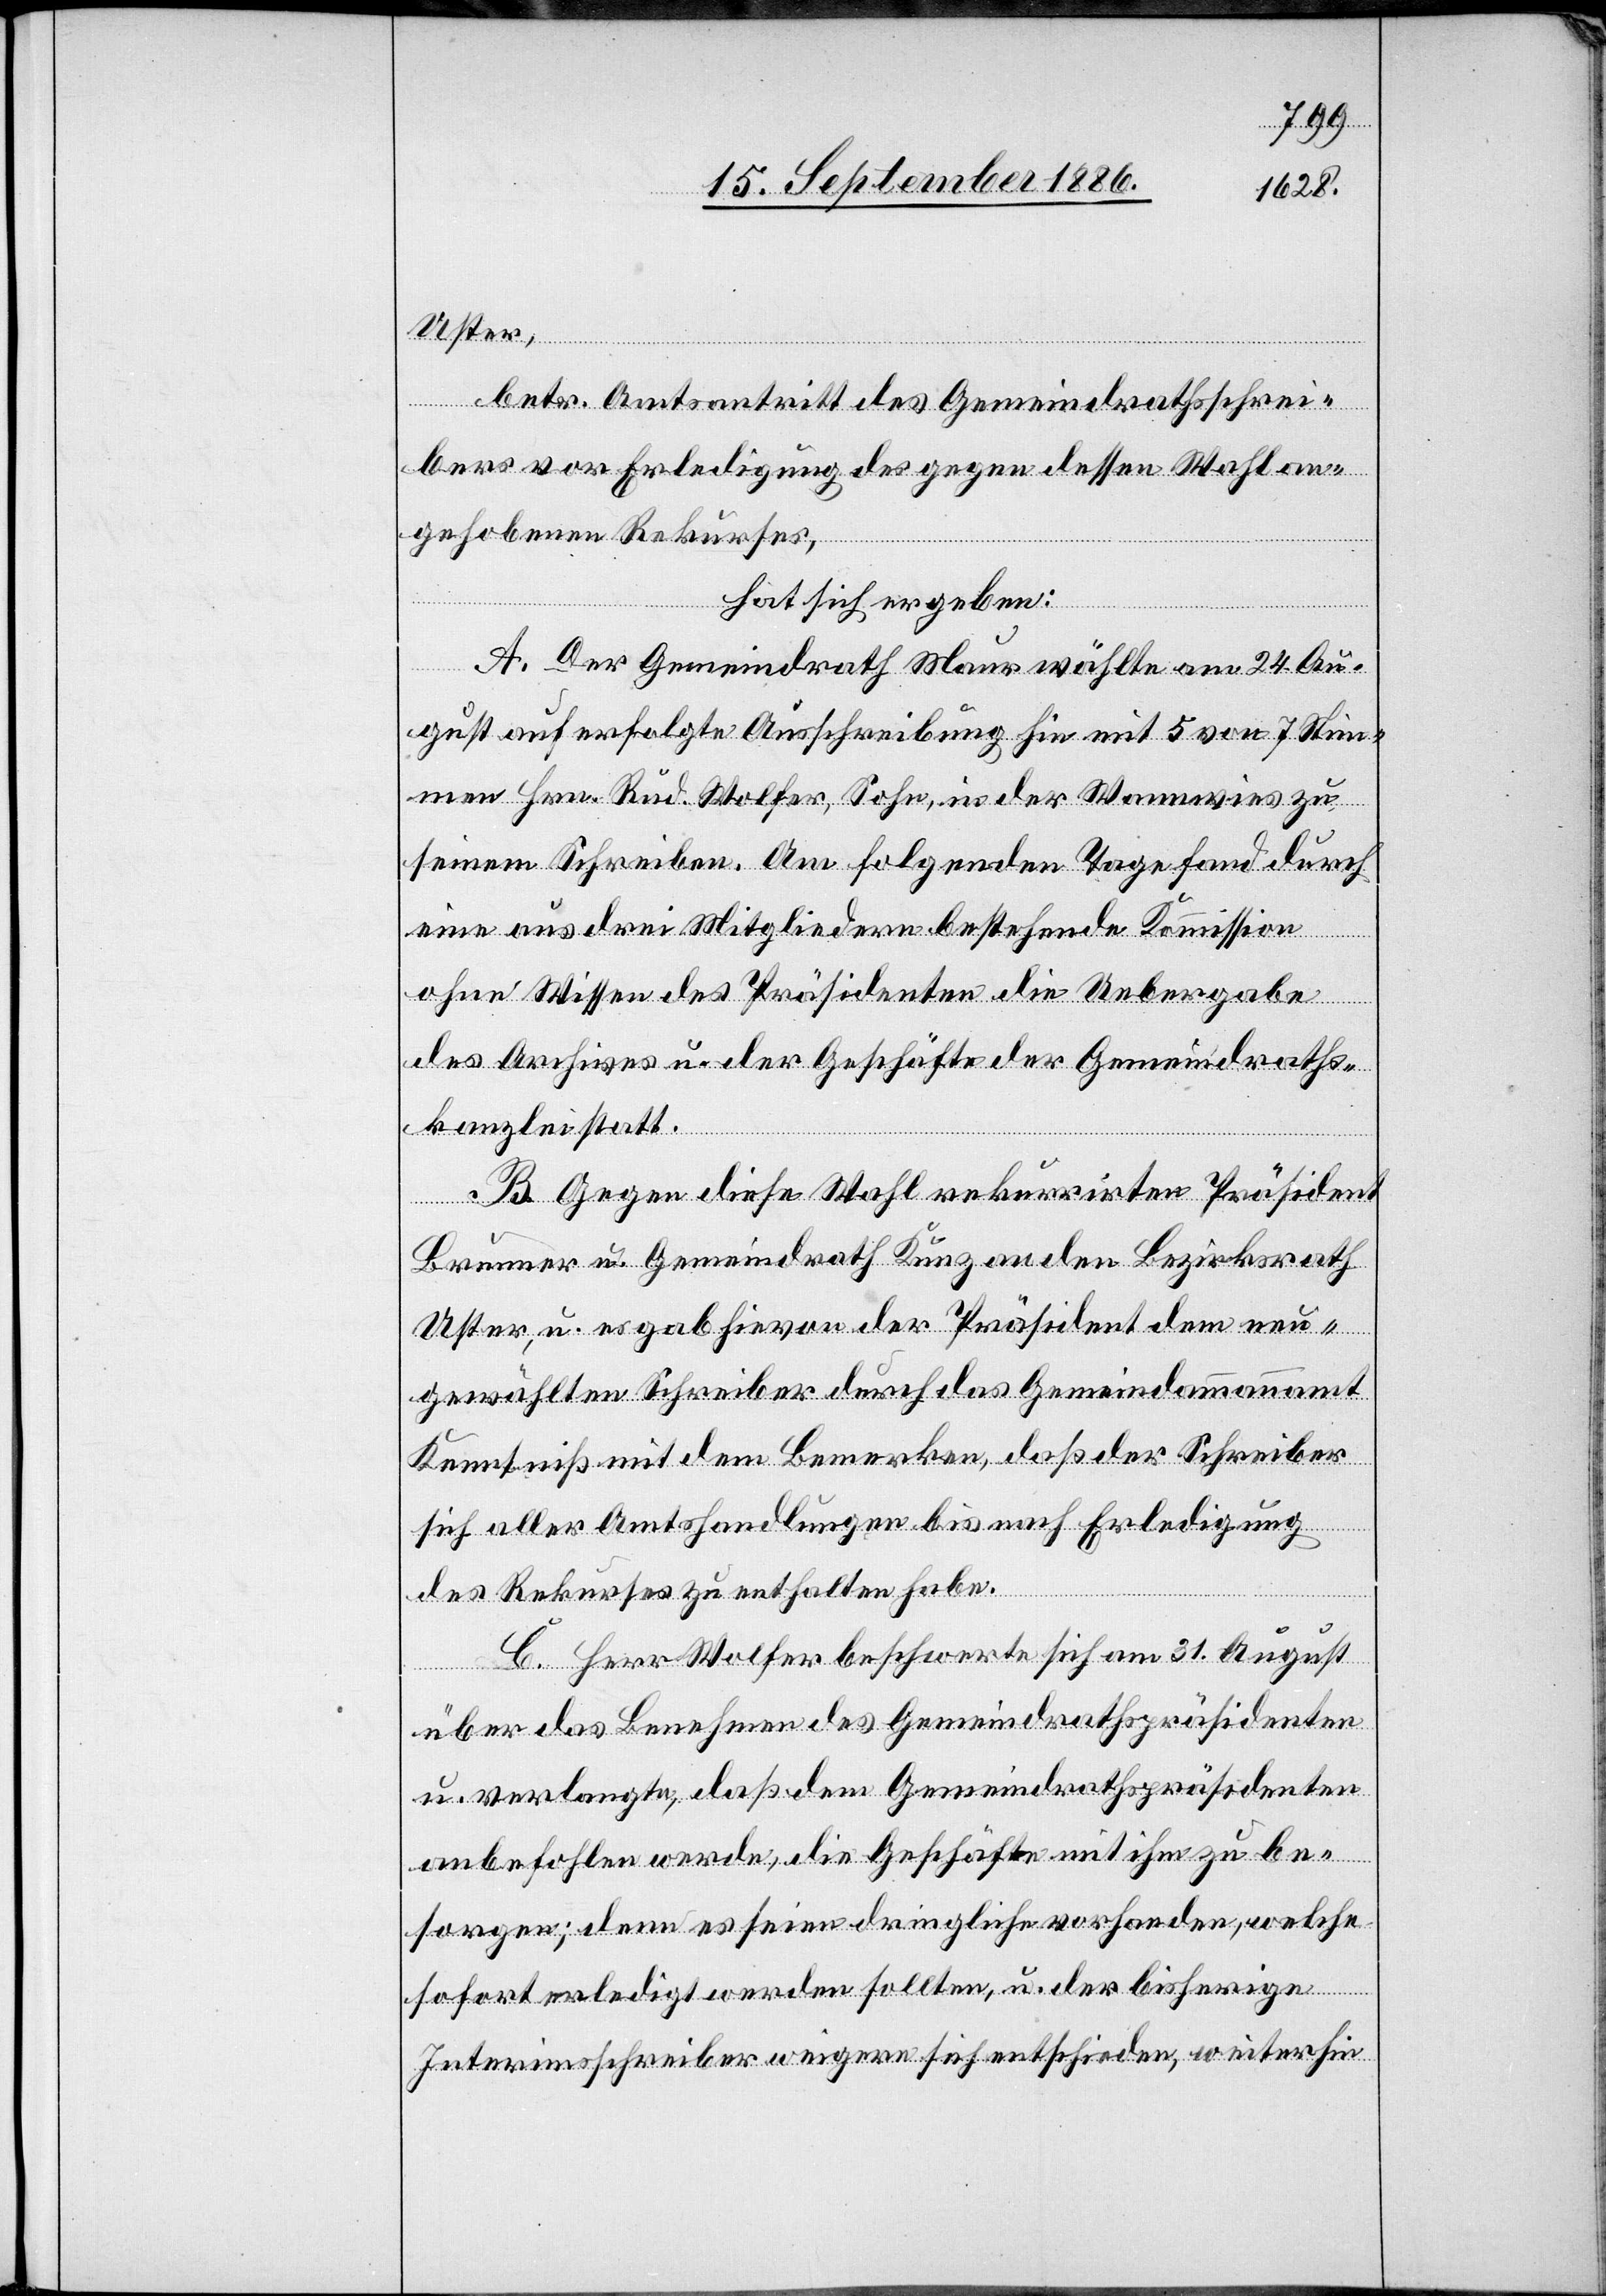
Uster,
betr. Amtsantritt des Gemeindrathsschrei¬
bers vor Erledigung des gegen dessen Wahl an¬
gehobenen Rekurses,
hat sich ergeben:
A. Der Gemeindrath Maur wählte am 24. Au¬
gust auf erfolgte Ausschreibung hin mit 5 von 7 Stim¬
men Hrn. Rud. Wolfer, Sohn, in der Wannwies zu
seinem Schreiben [sic!]. Am folgenden Tage fand durch
eine aus drei Mitgliedern bestehende Kommission
ohne Wissen des Präsidenten die Uebergabe
des Archives u. der Geschäfte der Gemeindraths¬
kanzlei statt.
B. Gegen diese Wahl rekurrirten Präsident
Brunner u. Gemeindrath Kunz an den Bezirksrath
Uster, u. es gab hievon der Präsident dem neu¬
gewählten Schreiber durch das Gemeindammannamt
Kenntniß mit dem Bemerken, daß der Schreiber
sich aller Amtshandlungen bis nach Erledigung
des Rekurses zu enthalten habe.
C. Herr Wolfer beschwerte sich am 31. August
über das Benehmen des Gemeindrathspräsidenten
u. verlangte, daß dem Gemeindrathspräsidenten
anbefohlen werde, die Geschäfte mit ihm zu be¬
sorgen; denn es seien dringliche vorhanden, welche
sofort erledigt werden sollten, u. der bisherige
Interimsschreiber weigere sich entschieden, weiterhin